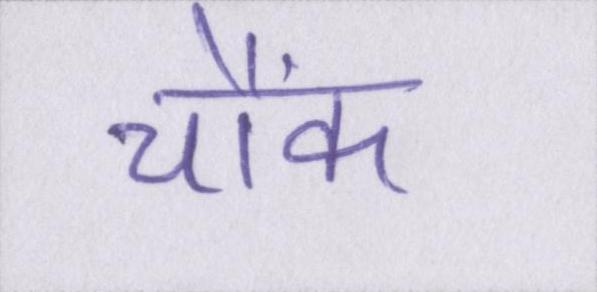
चौंके